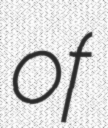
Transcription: of